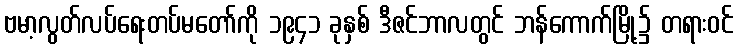
ဗမာ့လွတ်လပ်ရေးတပ်မတော်ကို ၁၉၄၁ ခုနှစ် ဒီဇင်ဘာလတွင် ဘန်ကောက်မြို့၌ တရားဝင်